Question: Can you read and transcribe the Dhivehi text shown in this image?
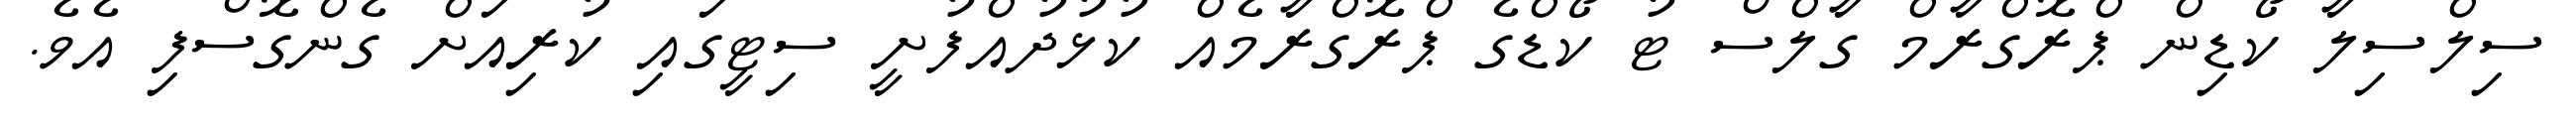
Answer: ސިލްސިލާ ކޯޑިން ޕްރޮގްރާމް ގާލްސް ޓު ކޯޑްގެ ޕްރޮގްރާމެއް ކުޅުދުއްފުށީ ސިޓީގައި ކުރިއަށް ގެންގޮސްފި އެވެ.